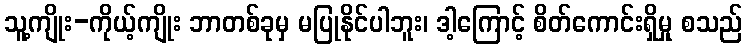
သူ့ကျိုး-ကိုယ့်ကျိုး ဘာတစ်ခုမှ မပြုနိုင်ပါဘူး၊ ဒါ့ကြောင့် စိတ်ကောင်းရှိမှု စသည်